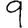
Digit: 9